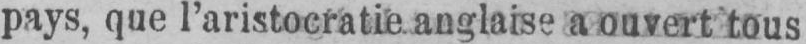
pays, que l’aristocratie, anglaise a ouvert tous